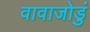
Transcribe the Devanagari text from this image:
वावाजोडुं